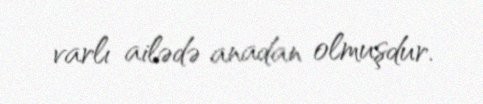
varlı ailədə anadan olmuşdur.